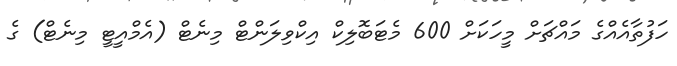
ހަފުތާއެއްގެ މައްޗަށް މީހަކަށް 600 މެޓަބޮލިކް އިކްވިލަންޓް މިނެޓް (އެމްއީޓީ މިނެޓް) ގެ